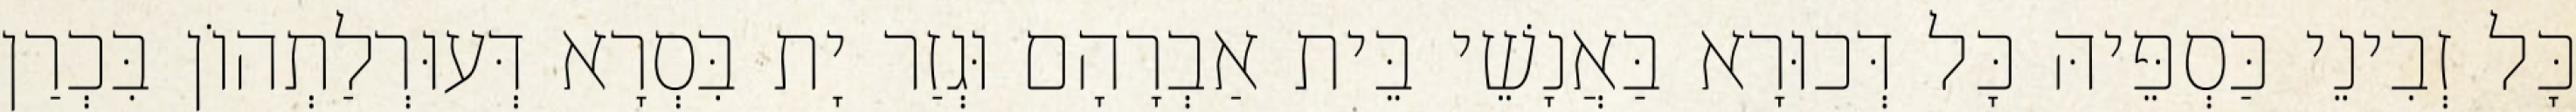
כָּל זְבִינֵי כַּסְפֵּיהּ כָּל דְּכוּרָא בַּאֲנָשֵׁי בֵּית אַבְרָהָם וּגְזַר יָת בִּסְרָא דְּעוּרְלַתְהוֹן בִּכְרַן